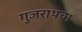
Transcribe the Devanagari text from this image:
गुजराथचा